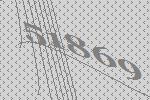
51869